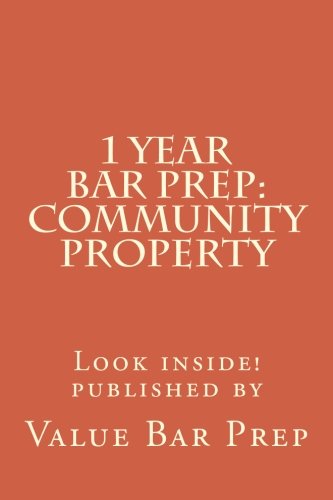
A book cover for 1 Year Bar Prep: Community Property; Value Bar Prep; Law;